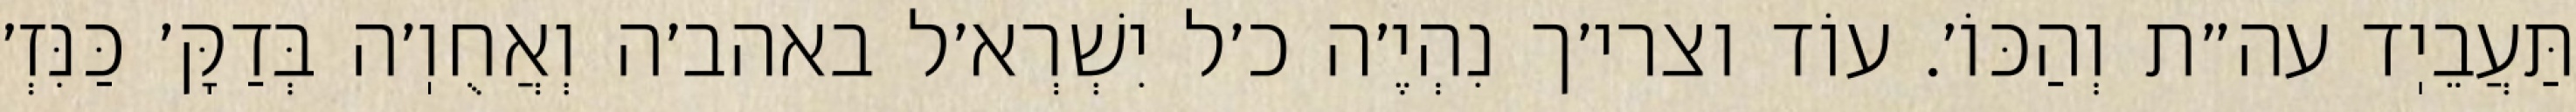
תַּעֲבֵיֽד עה״ת וְהַכּוֹ׳. עוֹד וצרי׳ך נִהְיֶ׳ה כ׳ל יִשְׁרְא׳ל באהב׳ה וְאֲחֻוֽ׳ה בְּדַקָּ׳ כַּנִּזְ׳